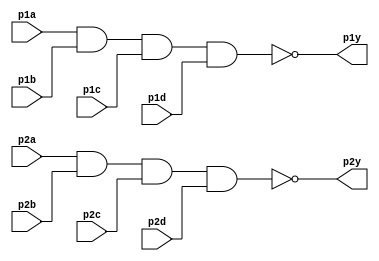
module top_module (
    input wire p1a,
    input wire p1b,
    input wire p1c,
    input wire p1d,
    input wire p2a,
    input wire p2b,
    input wire p2c,
    input wire p2d,
    output wire p1y,
    output wire p2y
);
    // Implementing the first 4-input NAND gate
    assign p1y = ~(p1a & p1b & p1c & p1d);
    
    // Implementing the second 4-input NAND gate
    assign p2y = ~(p2a & p2b & p2c & p2d);
    
endmodule